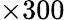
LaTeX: \times 300